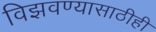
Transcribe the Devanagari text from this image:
विझवण्यासाठीही